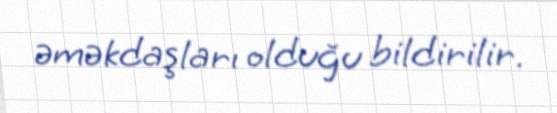
əməkdaşları olduğu bildirilir.